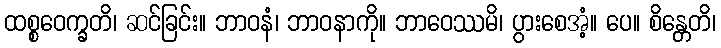
ထစ္စဝေက္ခတိ၊ ဆင်ခြင်း။ ဘာဝနံ၊ ဘာဝနာကို။ ဘာဝေဿမိ၊ ပွားစေအံ့။ ပေ။ စိန္တေတိ၊